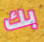
بك